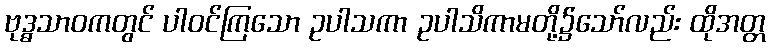
ဗုဒ္ဓသာဝကတွင် ပါဝင်ကြသော ဥပါသကာ ဥပါသိကာမတို့၌သော်လည်း ထိုအတ္တ